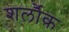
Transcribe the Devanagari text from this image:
शर्लौक